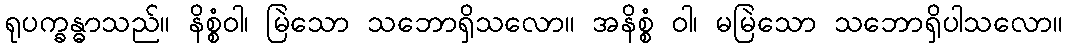
ရုပက္ခန္ဓာသည်။ နိစ္စံဝါ၊ မြဲသော သဘောရှိသလော။ အနိစ္စံ ဝါ၊ မမြဲသော သဘောရှိပါသလော။